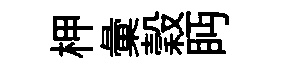
柙彙穀眄